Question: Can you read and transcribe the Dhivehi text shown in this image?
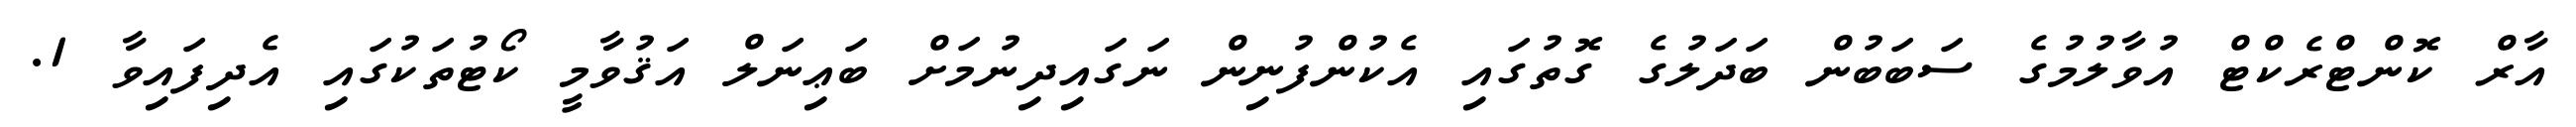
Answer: އާރް ކޮންޓްރެކްޓް އުވާލުމުގެ ސަބަބުން ބަދަލުގެ ގޮތުގައި އެކުންފުނިން ނަގައިދިނުމަށް ބަޢިނަލް އަޤުވާމީ ކޯޓުތަކުގައި އެދިފައިވާ 1.